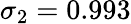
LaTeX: \sigma_{2}=0.993